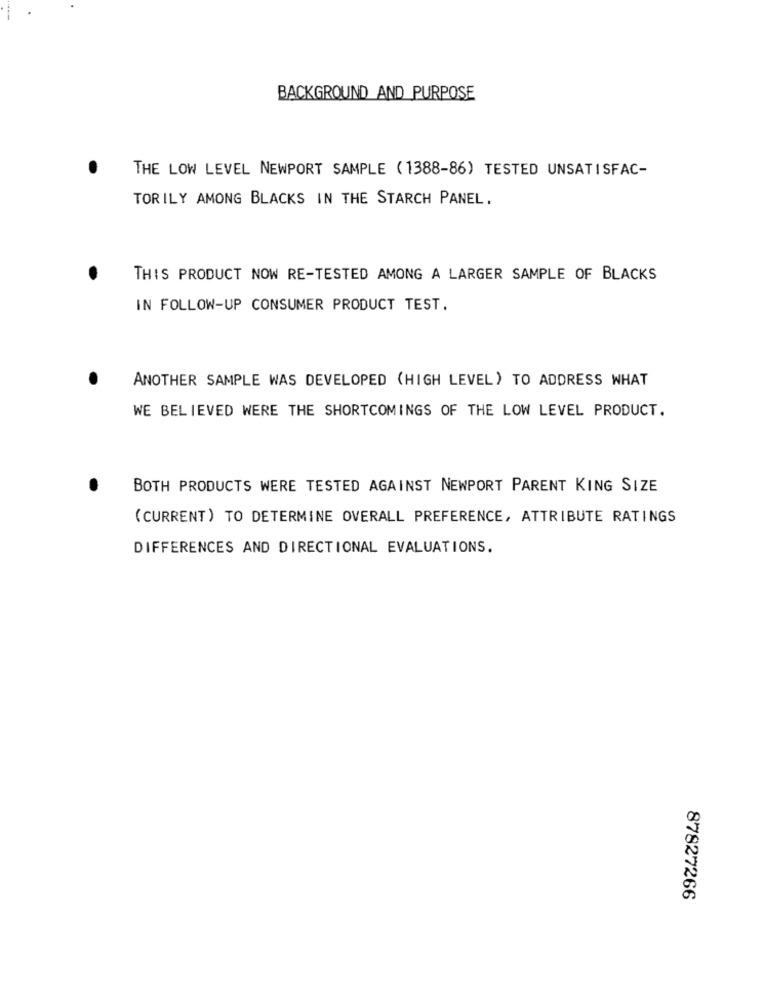
BACKGROUND AND PURPOSE
THE LOW LEVEL NEWPORT SAMPLE (1388-86) TESTED UNSATISFAC-
TORILY AMONG BLACKS IN THE STARCH PANEL.
THIS PRODUCT NOW RE-TESTED AMONG A LARGER SAMPLE OF BLACKS
IN FOLLOW-UP CONSUMER PRODUCT TEST.
ANOTHER SAMPLE WAS DEVELOPED (HIGH LEVEL) TO ADDRESS WHAT
WE BELIEVED WERE THE SHORTCOMINGS OF THE LOW LEVEL PRODUCT.
BOTH PRODUCTS WERE TESTED AGAINST NEWPORT PARENT KING SIZE
(CURRENT) TO DETERMINE OVERALL PREFERENCE, ATTRIBUTE RATINGS
DIFFERENCES AND DIRECTIONAL EVALUATIONS.
87827266